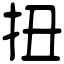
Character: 扭